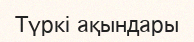
Түркі ақындары